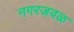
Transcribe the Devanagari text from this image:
नगरजवळ